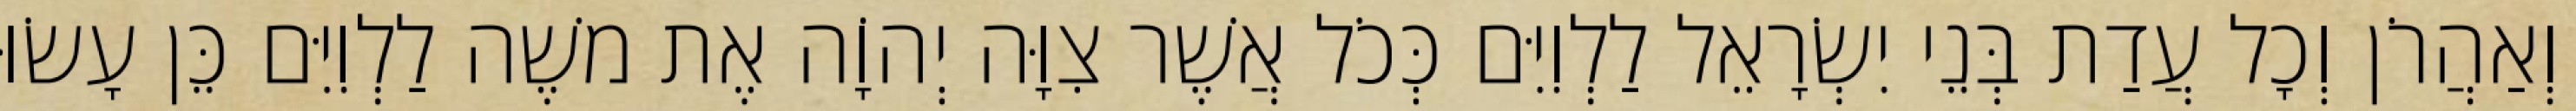
וְאַהֲרֹן וְכָל עֲדַת בְּנֵי יִשְׂרָאֵל לַלְוִיִּם כְּכֹל אֲשֶׁר צִוָּה יְהוָֹה אֶת משֶׁה לַלְוִיִּם כֵּן עָשׂוּ